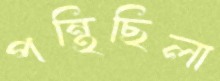
পন্থিছিলা